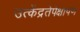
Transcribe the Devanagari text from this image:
उत्केंद्रतेपेक्षापण